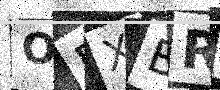
Text: OBXBR9